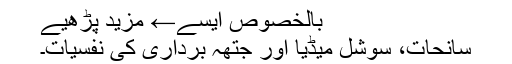
بالخصوص ایسے← مزید پڑھیے
سانحات، سوشل میڈیا اور جتھہ برداری کی نفسیات۔